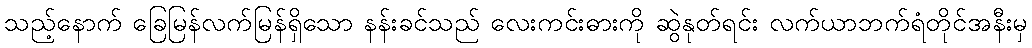
သည့်နောက် ခြေမြန်လက်မြန်ရှိသော နန်းခင်သည် လေးကင်းဓားကို ဆွဲနုတ်ရင်း လက်ယာဘက်ရံတိုင်အနီးမှ